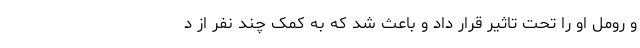
و رومل او را تحت‌ تاثیر قرار داد و باعث شد که به کمک چند نفر از د